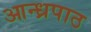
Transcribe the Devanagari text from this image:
आन्ध्रपाठ